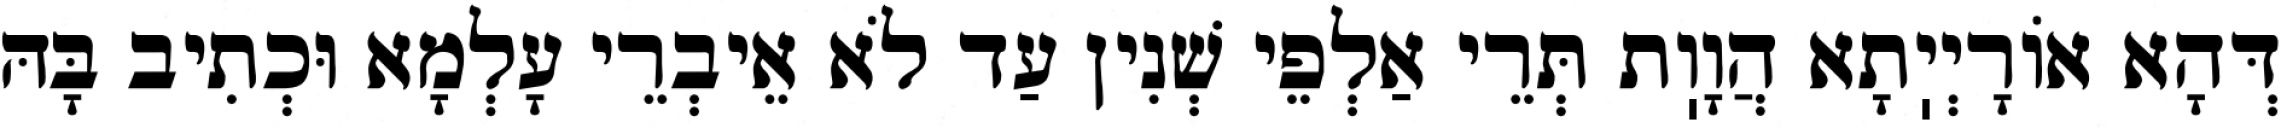
דְּהָא אוֹרָיְיֽתָא הֲוָוֽת תְּרֵי אַלְפֵי שְׁנִין עַד לֹא אֵיבְרֵי עָלְמָא וּכְתִיב בָּהּ